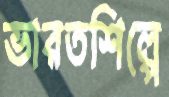
ভারতশিল্পে